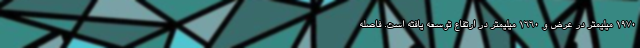
1970 میلیمتر در عرض و 1660 میلیمتر در ارتفاع توسعه یافته است. فاصله